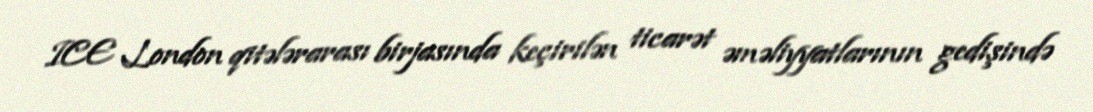
ICE London qitələrarası birjasında keçirilən ticarət əməliyyatlarının gedişində